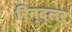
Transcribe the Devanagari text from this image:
रिन्द्लर